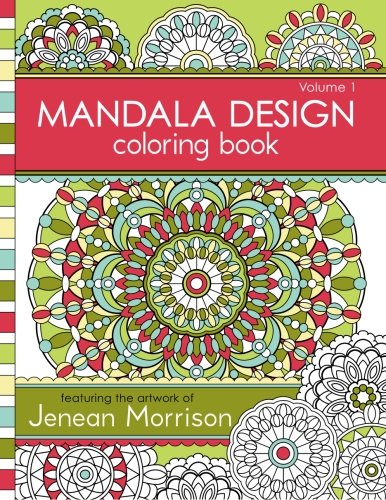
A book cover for Mandala Design Coloring Book: Volume 1; Jenean Morrison; Crafts, Hobbies & Home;